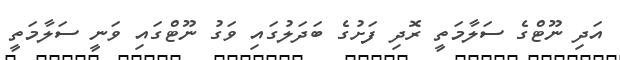
އަދި ނޫޓްގެ ސަލާމަތީ ރޮދި ފަށުގެ ބަދަލުގައި ވަގު ނޫޓްގައި ވަނީ ސަލާމަތީ